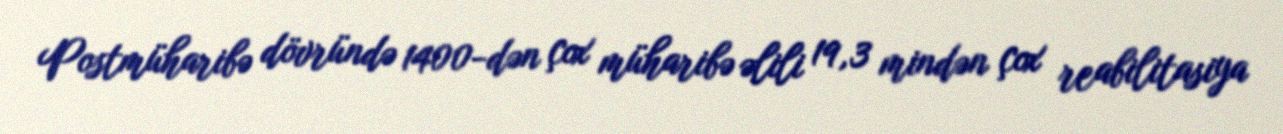
Postmüharibə dövründə 1400-dən çox müharibə əlili 19,3 mindən çox reabilitasiya